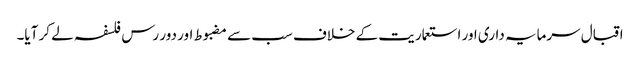
اقبال سرمایہ داری اور استعماریت کے خلاف سب سے مضبوط اور دور رس فلسفہ لے کر آیا۔